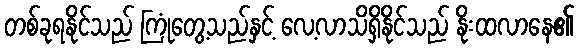
တစ်ခုရနိုင်သည် ကြုံတွေ့သည်နှင့် လေ့လာသိရှိနိုင်သည် နိုးထလာနေ၏